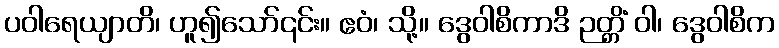
ပဝါရေယျာတိ၊ ဟူ၍သော်၎င်း။ ဧဝံ၊ သို့။ ဒွေဝါစိကာဒိ ဉတ္တိံ ဝါ၊ ဒွေဝါစိက